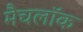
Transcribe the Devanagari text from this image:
मैचलॉक